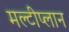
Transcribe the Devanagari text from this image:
मल्टीप्लान